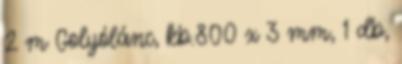
2 m Golyólánc, kb.800 x 3 mm, 1 db,